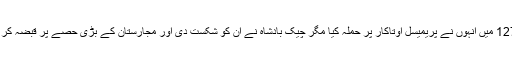
1271 میں انہوں نے پریمیسل اوتاکار پر حملہ کیا مگر چیک بادشاہ نے ان کو شکست دی اور مجارستان کے بڑی حصے پر قبضہ کر لیا۔